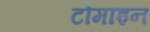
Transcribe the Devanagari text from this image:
टोमाइन